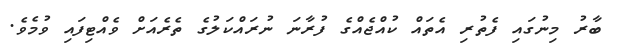
ބާރު މިނުގައި ފެތުރި އެތައް ކުއްޖެއްގެ ފުރާނަ ނުރައްކަލުގެ ތެރެއަށް ވެއްޓިފައި ވުމެވެ.